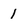
Character: 1